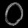
Digit: ၀